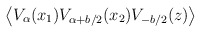
\begin{align*}\left\langle V_{\alpha}(x_{1})V_{\alpha+b/2}(x_{2})V_{-b/2}(z)\right\rangle\end{align*}